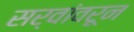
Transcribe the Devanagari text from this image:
सर्वांवरून